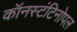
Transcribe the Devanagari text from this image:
कॉनस्टंटिनोपल